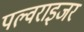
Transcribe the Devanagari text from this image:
पल्वराइजर